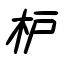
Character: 枦